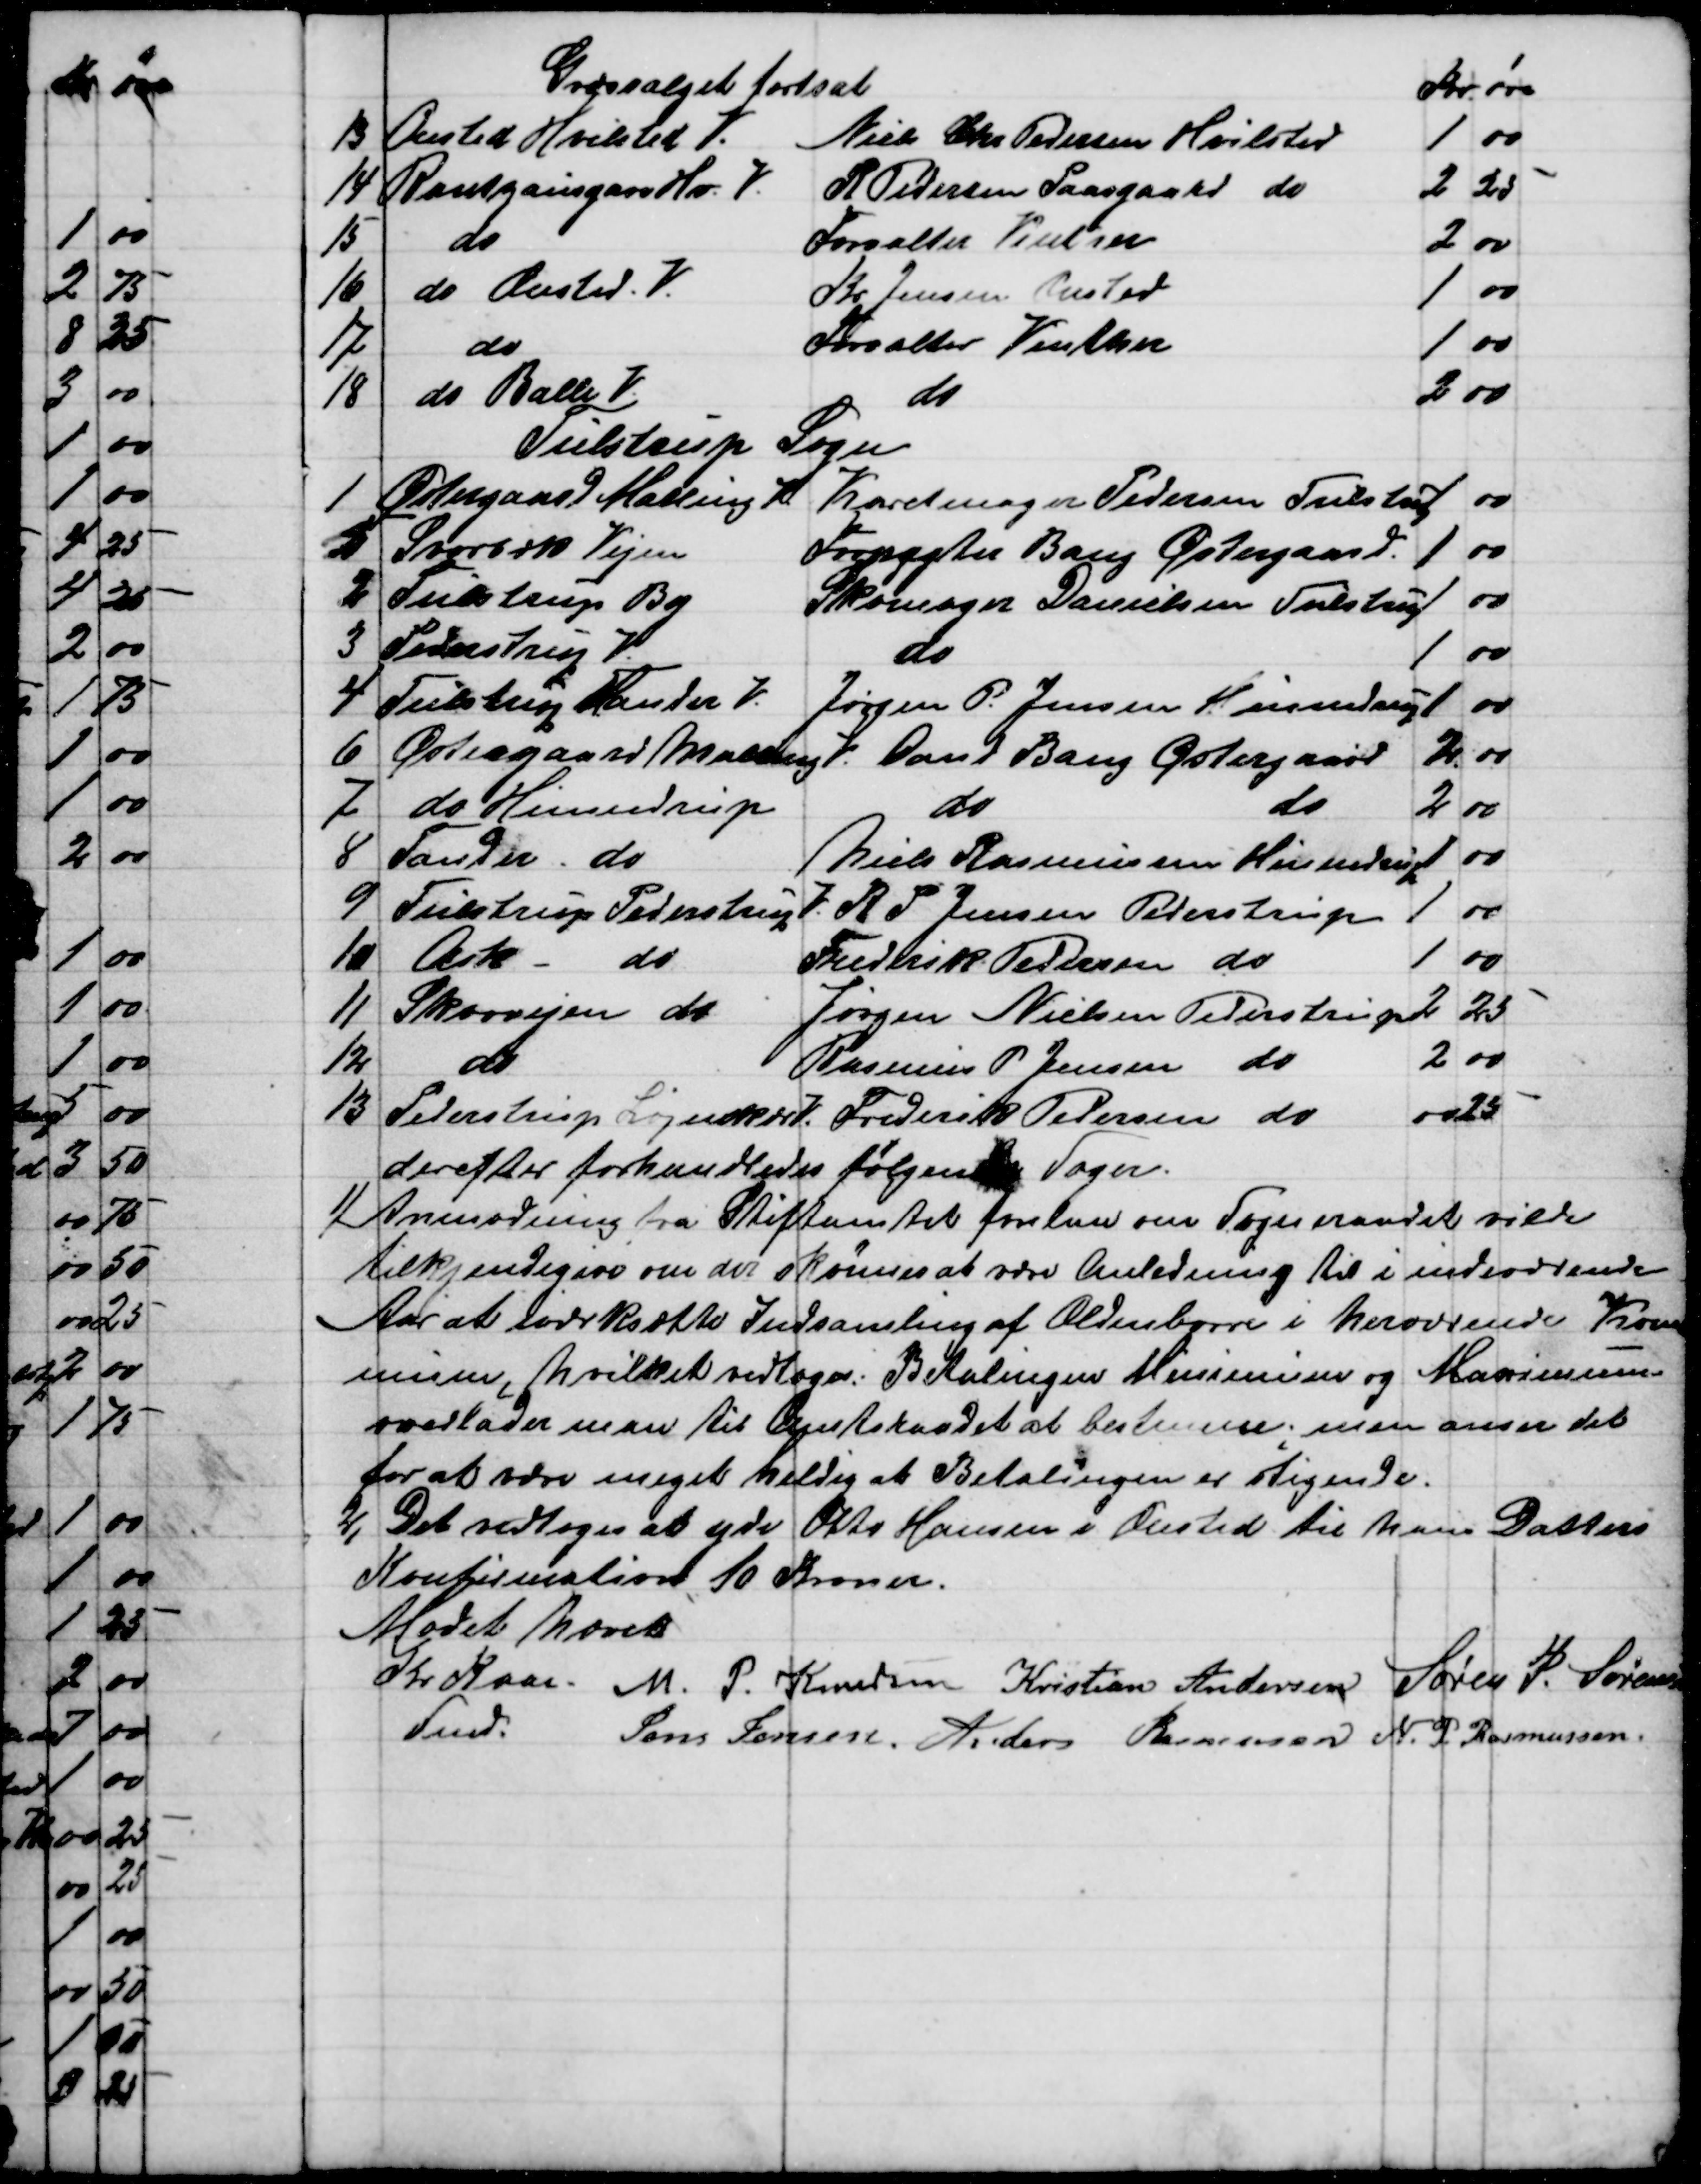
Transskription:
Græssalget fortsat
Kr. 
øre
13
Onsted Hvilsted V.
Niels Chr. Pedersen Hvilsted
1
00
14
Rantzausgave Hv. V.
R Pedersen Paasgaard do
2
25
15
do
Forvalter Vinther
2
00
16
do Onsted. V.
Kr. Jensen Onsted
1
00
17
do
Forvalter Vinther
1
00
18
do Balle V
do
2
00
Tulstrup Sogn
1
Østergaard Malling V
Karetmager Pedersen Tulstrup
1
00
5
Svorbæk Vejen
Forpagter Bang Østergaard.
1
00
2
Tulstrup By
Skomager Danielsen Tulstrup
1
00
3
Pederstrup V.
do
1
00
4
Tulstrup Tander V.
Jørgen P. Jensen Hinnedrup
1
00
6
Østergaard Malling V.
Poul Bang Østergaard
2
00
7
do Hinnedrup
do 
do
2
00
8
Tander do
Niels Rasmussen Hinnedrup
1
00
9
Tulstrup Pederstrup V.
R. P. Jensen Pederstrup
1
00
10
Ask
do
Frederik Pedersen do
1
00
11
Skovvejen do
Jørgen Nielsen Pederstrup
2
25
12
do
Rasmus P. Jensen do
2
00
13
Pederstrup Løjnkær V.
Frederik Petersen do
00
25
derefter forhandledes følgende Sager.
1) 
Anmodning fra Stiftamtet forelaa om Sogneraadet vilde
tilkjendegive om der skønnes at være Anledning til i indeværende
Aar at iværksætte Indsamling af Oldenborre i herværende Kom
mune, hvilket vedtoges. Betalingen Minimum og Maximum
overlader man til Amtsraadet at bestemme, man anser det
for at være meget heldig at Betalingen er stigende.
2) Det vedtoges at yde Otto Hansen i Onsted til hans Datters
Konfirmation 10 Kroner.
Mødet hævet
Kr. Kaae. 
Fmd.   
M. P. Knudsen Kristian Andersen
Søren P. Sørensen
Jens Jensen. Anders Rasmussen N. P. Rasmussen